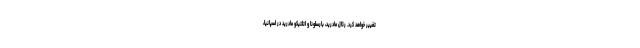
تغییر خواهد کرد. رئال مادرید، بارسلونا و اتلتیکو مادرید در اسپانیا،